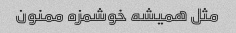
مثل همیشه خوشمزه ممنون